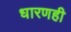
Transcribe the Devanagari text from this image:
धारणही